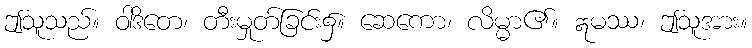
ဤသူသည်။ ဝါဒိတေ၊ တီးမှုတ်ခြင်း၌။ ဆေကော၊ လိမ္မာ၏။ ဣမဿ၊ ဤသူအား။